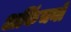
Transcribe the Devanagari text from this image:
अकिंचनों